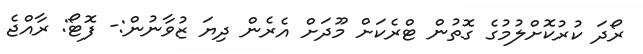
ރޯދަ ކުރުކޮށްލުމުގެ ގޮތުން ޓްރެކަށް މޫދަށް އެރެން ދިޔަ ޒުވާނުން:- ފޮޓޯ: ރާއްޖެ